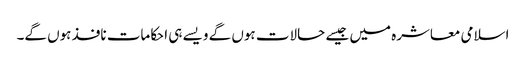
اسلامی معاشرہ میں جیسے حالات ہوں گے ویسے ہی احکامات نافذ ہوں گے۔